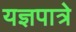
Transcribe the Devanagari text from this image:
यज्ञपात्रे